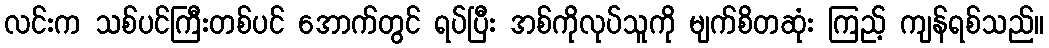
လင်းက သစ်ပင်ကြီးတစ်ပင် အောက်တွင် ရပ်ပြီး အစ်ကိုလုပ်သူကို မျက်စိတဆုံး ကြည့် ကျန်ရစ်သည်။